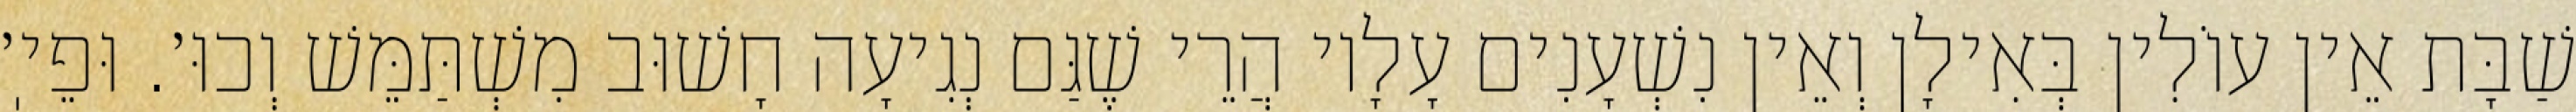
שַׁבָּת אֵין עוֹלִין בְּאִילָן וְאֵין נִשְׁעָנִים עָלָיו הֲרֵי שֶׁגַּם נְגִיעָה חָשׁוּב מִשְׁתַּמֵּשׁ וְכוּ׳. וּפֵיֽ׳